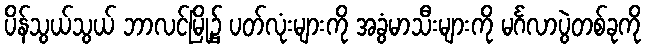
ပိန်သွယ်သွယ် ဘာလင်မြို့၌ ပတ်လုံးများကို အခွံမာသီးများကို မင်္ဂလာပွဲတစ်ခုကို